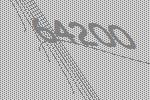
64200